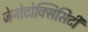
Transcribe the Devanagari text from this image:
जेनोटोक्सिसिटी